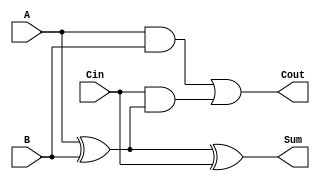
`timescale 1ns / 1ps

module one_bit_full_adder(
    input A, 
    input B, 
    input Cin,
    output Sum, 
    output Cout
    );
    
    assign Cout = A & B | Cin & (A ^ B);
    assign Sum = A ^ B ^ Cin;
endmodule